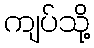
ကျပ်သို့